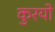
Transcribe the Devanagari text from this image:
कुरयो